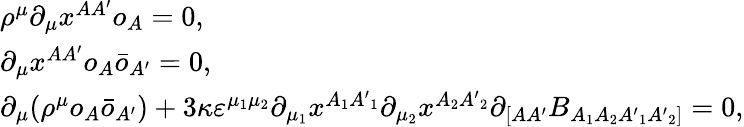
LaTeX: \begin{array}{l}{{\rho^{\mu}\partial_{\mu}x^{AA^{\prime}}o_{A}=0,}}\\ {{\partial_{\mu}x^{AA^{\prime}}o_{A}\bar{o}_{A^{\prime}}=0,}}\\ {{\partial_{\mu}(\rho^{\mu}o_{A}\bar{o}_{A^{\prime}})+3\kappa\varepsilon^{\mu_{1}\mu_{2}}\partial_{\mu_{1}}x^{A_{1}{A^{\prime}}_{1}}\partial_{\mu_{2}}x^{A_{2}{A^{\prime}}_{2}}\partial_{[AA^{\prime}}B_{A_{1}A_{2}{A^{\prime}}_{1}{A^{\prime}}_{2}]}=0,}}\end{array}